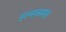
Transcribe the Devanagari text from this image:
हरनामगंज